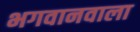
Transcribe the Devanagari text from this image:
भगवानवाला